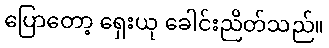
ပြောတော့ ရှေးယု ခေါင်းညိတ်သည်။